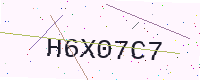
Text: H6X07C7